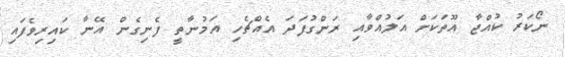
ނޯކަރު ކުއްޖާ އޫތަކަށް އަލުއްވާއި ރަންގުފަދަ އެއްޗެހި އަމުނާތީ ފެނިގެން އޭނާ ކައިރިވެފައި